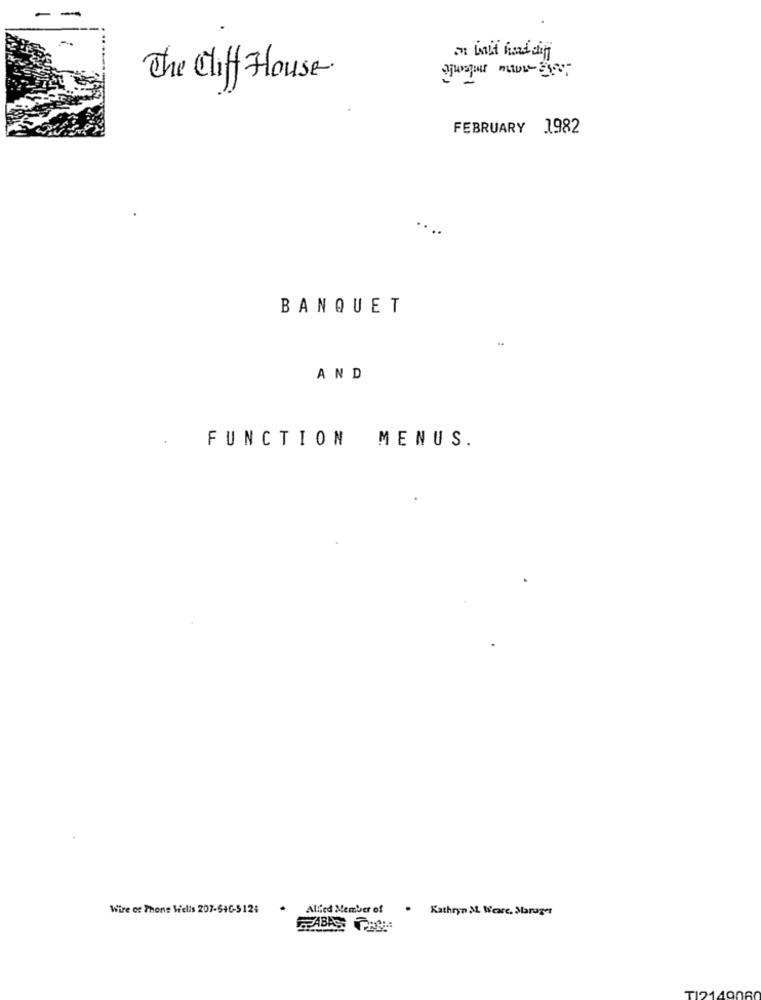
The Cliff House
FEBRUARY 1982
...
BANQUET
AND
FUNCTION MENUS.
Wire or Phone Wells 207-546-5124
Allied Member of
. Kathryn ML Weare. Manager
TI214